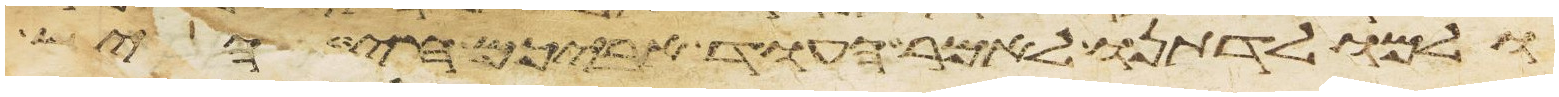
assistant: ולמולדתנו לאמר העוד אביכם חי היש